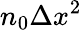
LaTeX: n_{0}\Delta x^{2}